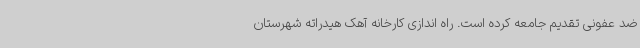
ضد عفونی تقدیم جامعه کرده است. راه اندازی کارخانه آهک هیدراته شهرستان